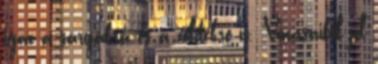
igaz a sárgákra és a zöldekre is. Vonásaiból jól